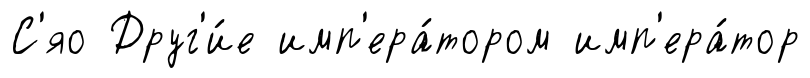
С'яо Друг'и́е имп'ера́тором имп'ера́тор